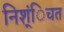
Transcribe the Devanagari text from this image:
निश्ंिचत